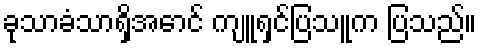
ခုသာခံသာရှိအောင် ကျူရှင်ပြသူက ပြသည်။